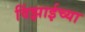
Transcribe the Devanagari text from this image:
विंझाईच्या